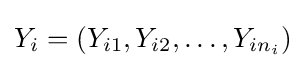
Y_{i}=\left(Y_{i1},Y_{i2},\ldots ,Y_{in_{i}}\right)